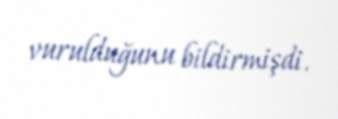
vurulduğunu bildirmişdi.